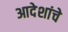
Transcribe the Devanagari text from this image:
आदेशांचे